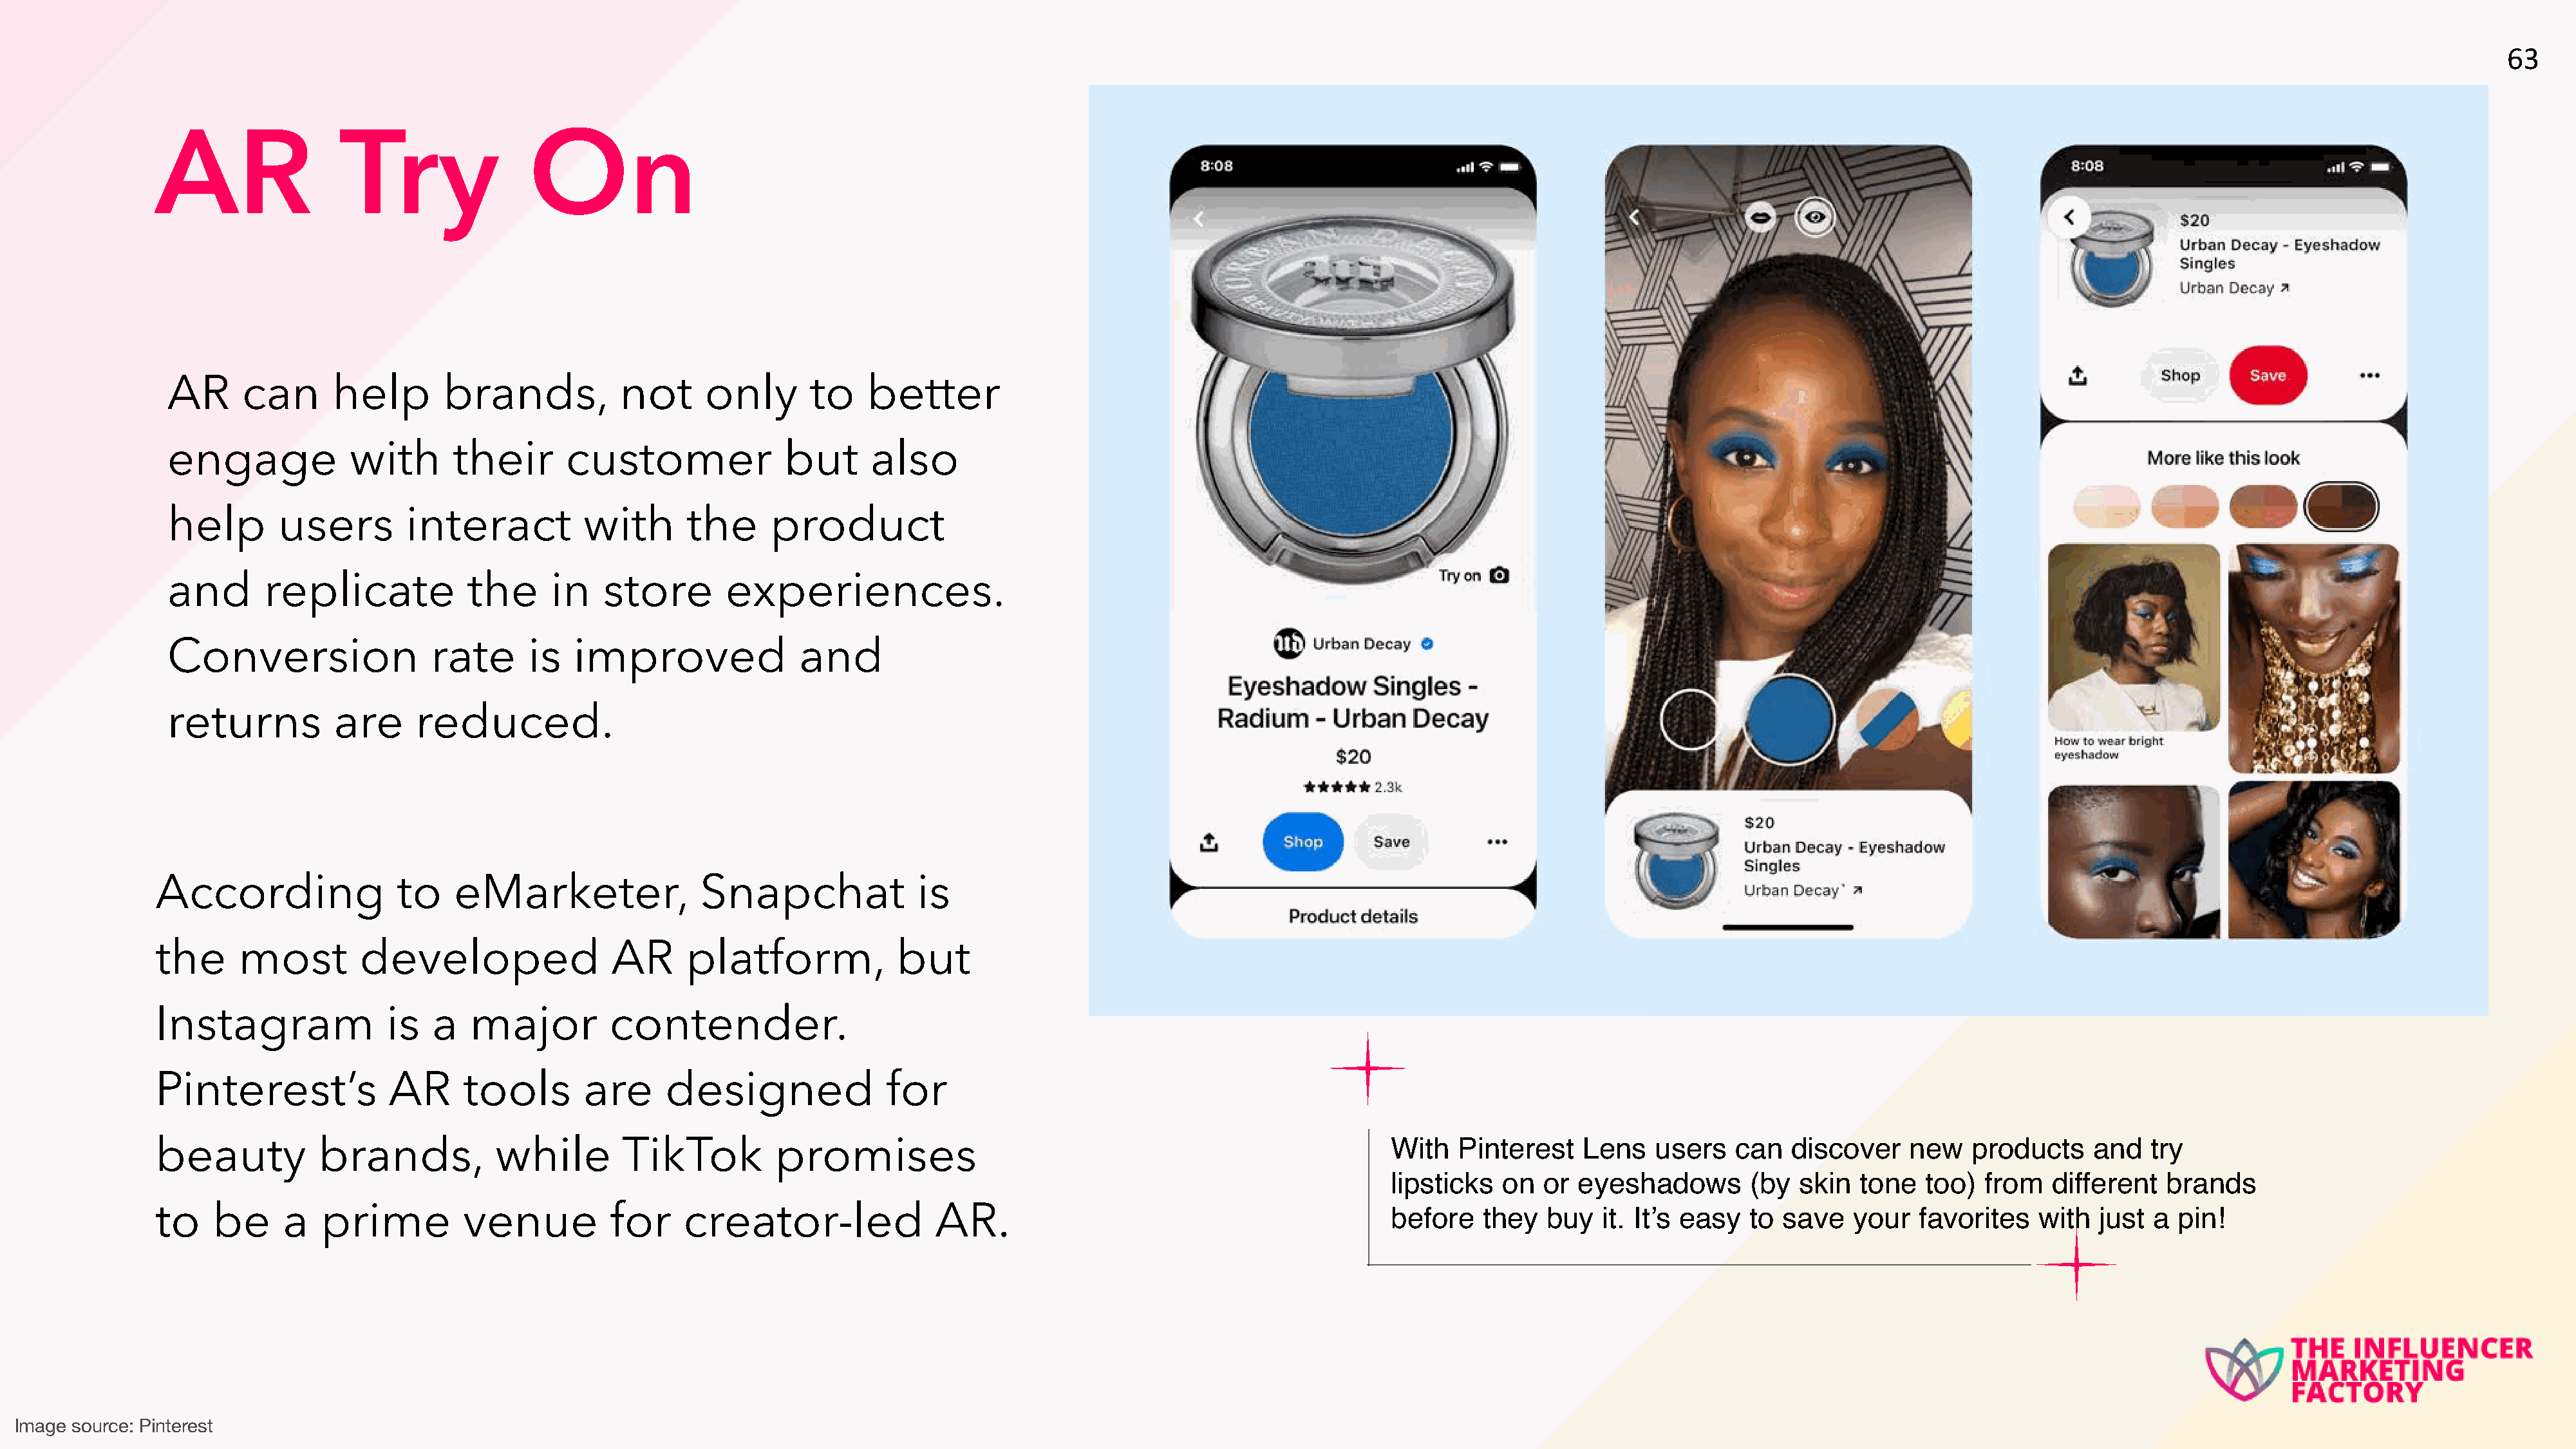
63
 AR                 Try                On
 AR      can      help        brands,           not     only       to    better
 engage             with       their      customer               but     also
 help        users        interact          with       the     product
 and       replicate            the      in   store        experiences.
 Conversion                 rate      is   improved               and
 returns          are      reduced.
 According                to    eMarketer,               Snapchat              is
 the      most        developed                 AR      platform,            but
 Instagram               is  a   major          contender.
 Pinterest’s             AR      tools       are     designed               for
 With   Pinterest    Lens   users   can   discover    new    products    and   try
 beauty           brands,           while        TikTok          promises
 lipsticks  on   or eyeshadows        (by  skin  tone   too)  from   different   brands
 to    be     a   prime          venue          for    creator-led               AR.                                            before   they   buy   it. It’s easy  to save   your   favorites    with  just a  pin!
 Image source: Pinterest